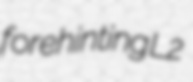
forehinting L2